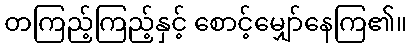
တကြည့်ကြည့်နှင့် စောင့်မျှော်နေကြ၏။